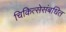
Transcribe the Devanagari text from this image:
चिकित्सेसंबधित